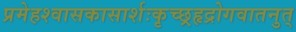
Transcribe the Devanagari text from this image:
प्रमेहश्वासकासार्शःकृच्छ्रहृद्रोगवातनुत्